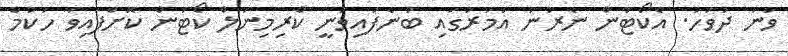
ވަނަ ދުވަހު. އެކޯޓުން ނެރުނު އަމުރުގައި ބުނެފައިވަނީ ކްރިމިނަލް ކޯޓުން ކޮށްފައިވާ ހުކުމް